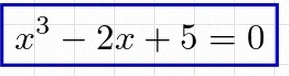
x^3-2x+5=0